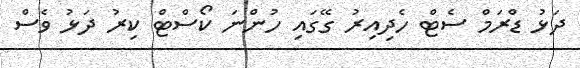
ދަޅު ޑްރަމް ސެޓް ހެދިއިރު ގޭގައި ހުންނަ ކޯސްޓް ކިރު ދަޅު ވެސް